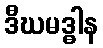
ဒီဃမဒ္ဓါန